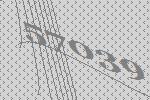
57039